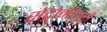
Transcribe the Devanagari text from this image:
सेंट्रोमीयरों